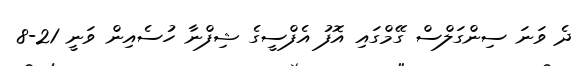
ދެ ވަނަ ސިންގަލްސް ގޭމްގައި އޮފު އެފްސީގެ ޝިފްނާ ހުސެއިން ވަނީ 21-8